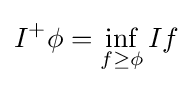
I^{+}\phi =\inf _{f\geq \phi }If